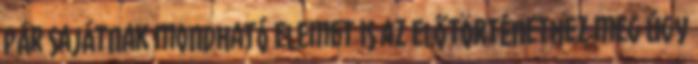
pár sajátnak mondható elemet is az előtörténethez meg úgy